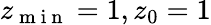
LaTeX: z_{\mathrm{~m~i~n~}}=1,z_{0}=1